Lyperosia minuta, Bezzi - Number 59
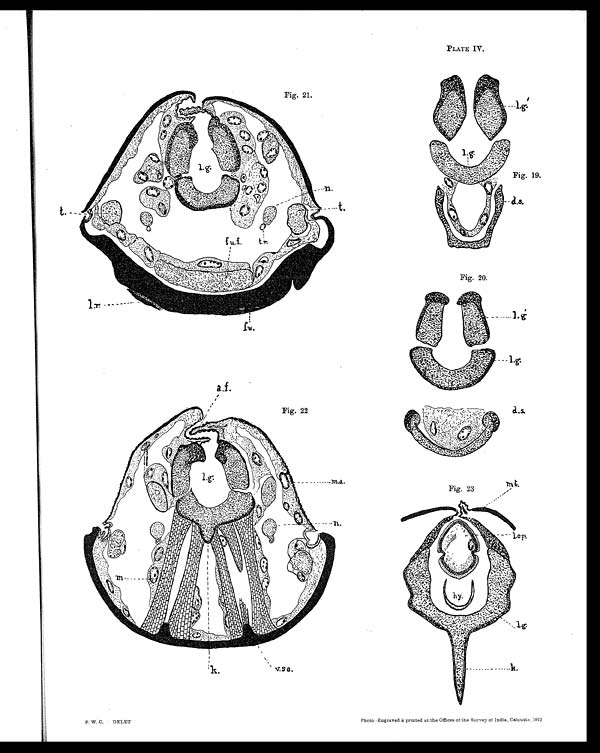
PLATE IV.
Fig. 21.
Fig. 19.
Fig. 20.
Fig, 22
Fig. 23
F. W. C. DELET
Photo—Engraved & printed at the Offices of the Survey of India, Calcutta. 1912